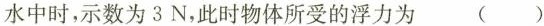
水中时，示数为3N，此时物体所受的浮力为 ()